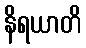
နိရယာတိ